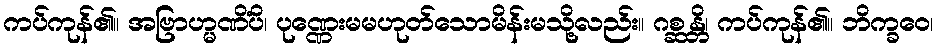
ကပ်ကုန်၏။ အဗြာဟ္မဏိံပိ၊ ပုဏ္ဏေးမမဟုတ်သောမိန်းမသို့လည်း။ ဂစ္ဆန္တိ၊ ကပ်ကုန်၏။ ဘိက္ခဝေ၊